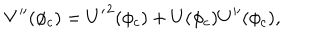
V ^ { \prime \prime } ( \phi _ { c } ) = { U ^ { \prime } } ^ { 2 } ( \phi _ { c } ) + U ( \phi _ { c } ) U ^ { \prime \prime } ( \phi _ { c } ) ,